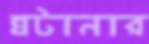
ঘটানার